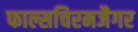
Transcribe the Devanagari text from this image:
फाल्सचिरमजैगर